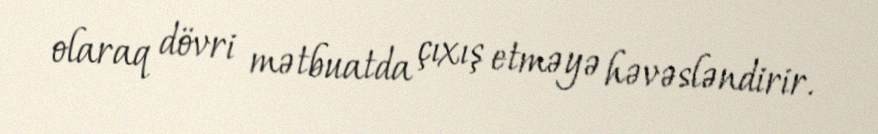
olaraq dövri mətbuatda çıxış etməyə həvəsləndirir.